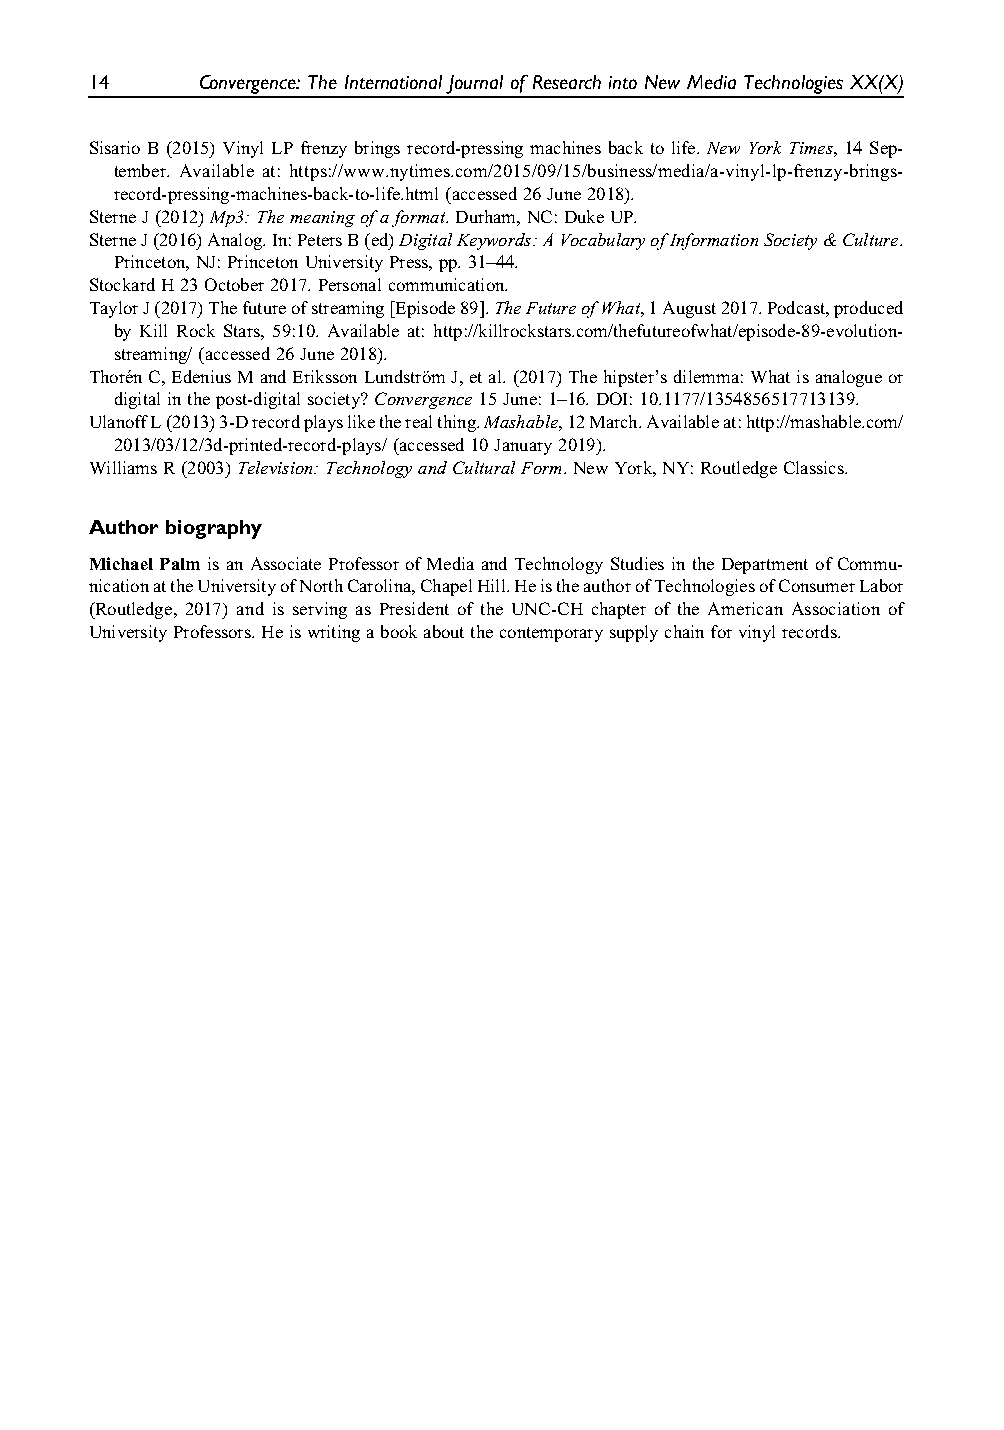
14     Convergence: The International Journal of Research into New Media Technologies XX(X)
 Sisario B (2015) Vinyl LP frenzy brings record-pressing machines back to life. New York Times, 14 Sep-
 tember. Available at: https://www.nytimes.com/2015/09/15/business/media/a-vinyl-lp-frenzy-brings-
 record-pressing-machines-back-to-life.html(accessed26June2018).
 SterneJ(2012)Mp3:Themeaningofaformat.Durham,NC:DukeUP.
 SterneJ(2016)Analog.In:PetersB(ed)DigitalKeywords:AVocabularyofInformationSociety&Culture.
 Princeton,NJ:PrincetonUniversityPress,pp.31–44.
 StockardH23October2017.Personalcommunication.
 TaylorJ(2017)Thefutureofstreaming[Episode89].TheFutureofWhat,1August2017.Podcast,produced
 by Kill Rock Stars, 59:10. Available at: http://killrockstars.com/thefutureofwhat/episode-89-evolution-
 streaming/(accessed26June2018).
 Thore´nC,EdeniusMandErikssonLundstro¨mJ,etal.(2017)Thehipster’sdilemma:Whatisanalogueor
 digitalinthepost-digitalsociety?Convergence15June:1–16.DOI:10.1177/1354856517713139.
 UlanoffL(2013)3-Drecordplaysliketherealthing.Mashable,12March.Availableat:http://mashable.com/
 2013/03/12/3d-printed-record-plays/(accessed10January2019).
 WilliamsR(2003)Television:TechnologyandCulturalForm.NewYork,NY:RoutledgeClassics.
 Authorbiography
 MichaelPalmisanAssociateProfessorofMediaandTechnologyStudiesintheDepartment ofCommu-
 nicationattheUniversityofNorthCarolina,ChapelHill.HeistheauthorofTechnologiesofConsumerLabor
 (Routledge, 2017) and is serving as President of the UNC-CH chapter of the American Association of
 UniversityProfessors.Heiswritingabookaboutthecontemporarysupplychainforvinylrecords.